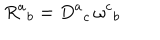
R ^ { a } { } _ { b } = D ^ { a } { } _ { c } \, \omega ^ { c } { } _ { b } \;